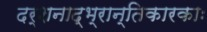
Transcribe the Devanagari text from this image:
दर्शनाद्भ्रान्तिकारकाः